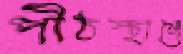
পীঠস্থানে